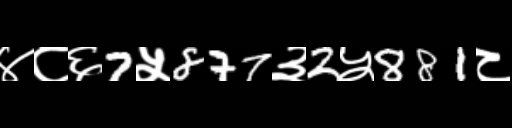
Text: ४८६7५877३2५881८